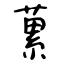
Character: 蔂